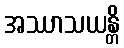
အဿာသယန္တိ